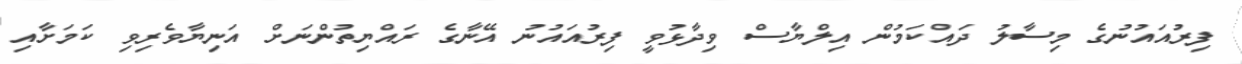
ފިރުއައުނުގެ މިސާލު ދައްކަމުން އިލްޔާސް ވިދާޅުވީ ފިރުއައުނު އޭނާގެ ރައްޔިތުންނަށް އަނިޔާވެރިވި ކަމަށާއި